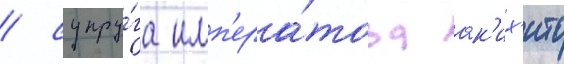
/ супру́га имп'ера́тора ак'их'ито